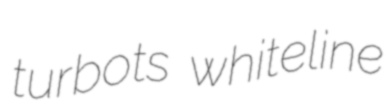
turbots whiteline